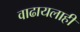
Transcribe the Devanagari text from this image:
वाढायलाही